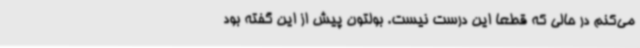
می‌کنم در حالی که قطعاً این درست نیست. بولتون پیش از این گفته بود